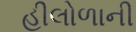
હીલોળાની